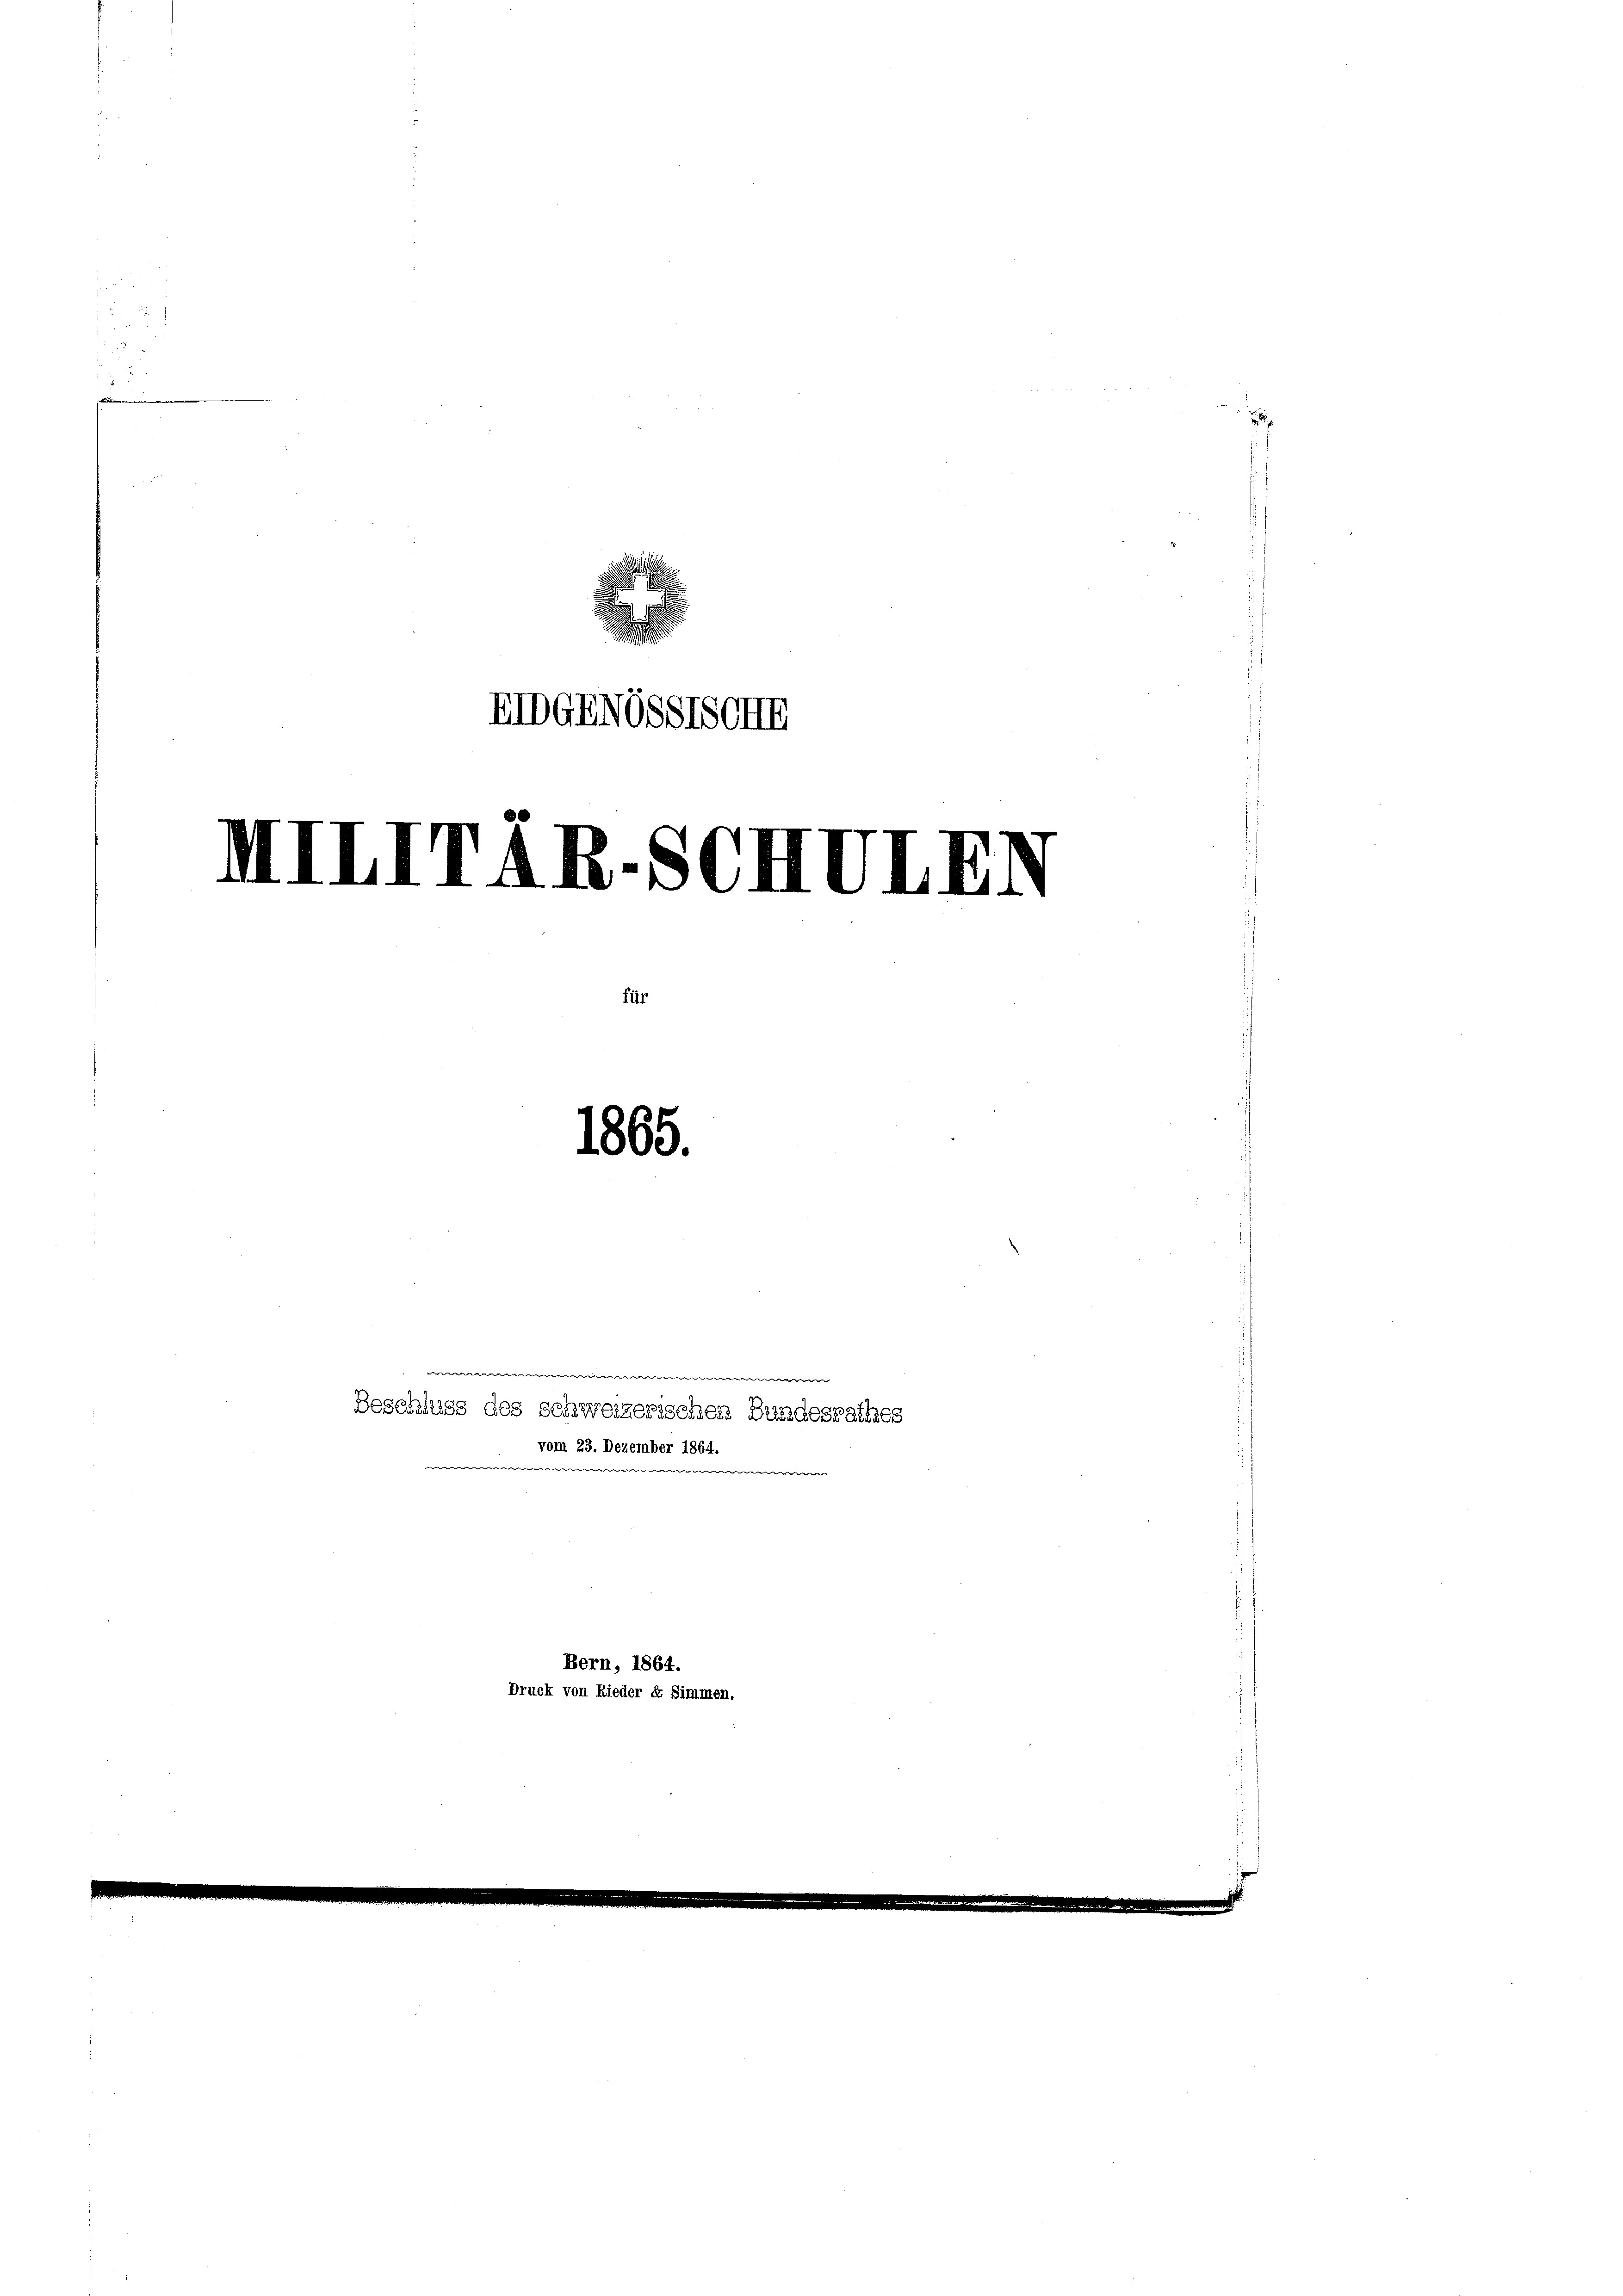
EIDGBNOSSTSCHE
IIIIITÄR.SCHVI
1865.

m
Beschluss des schweizerischen Bundesrathes
vom 23. Dezember 1864.
e

Bern, 1864.
Druck von Rieder Er Simmen.

e